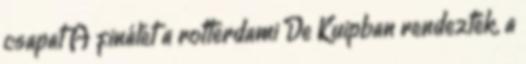
csapat A finálét a rotterdami De Kuipban rendezték, a